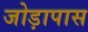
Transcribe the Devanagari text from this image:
जोड़ापास